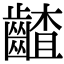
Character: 𪙁